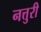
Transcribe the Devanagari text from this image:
नत्तुरी